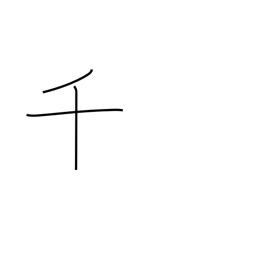
Meaning: thousand